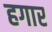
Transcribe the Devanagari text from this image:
हगार